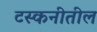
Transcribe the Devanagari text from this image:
टस्कनीतील